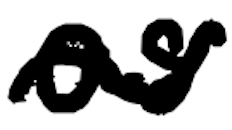
Text: as
Cross-out: wave
Writing tool: digital_black